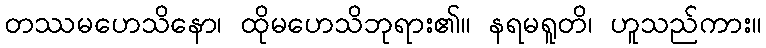
တဿမဟေသိနော၊ ထိုမဟေသိဘုရား၏။ နရမရူတိ၊ ဟူသည်ကား။